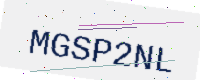
Text: MGSP2NL